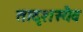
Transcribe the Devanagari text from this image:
तादृशस्यैव